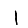
Digit: 1